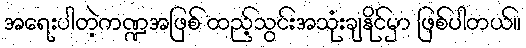
အရေးပါတဲ့ကဏ္ဍအဖြစ် ထည့်သွင်းအသုံးချနိုင်မှာ ဖြစ်ပါတယ်။